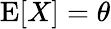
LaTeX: \operatorname{E}[X]=\theta